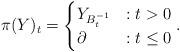
LaTeX: \begin{align*} \pi(Y)_t= \begin{cases} Y_{B^{-1}_t}&:t>0\\ \partial&: t\leq 0\end{cases}.\end{align*}